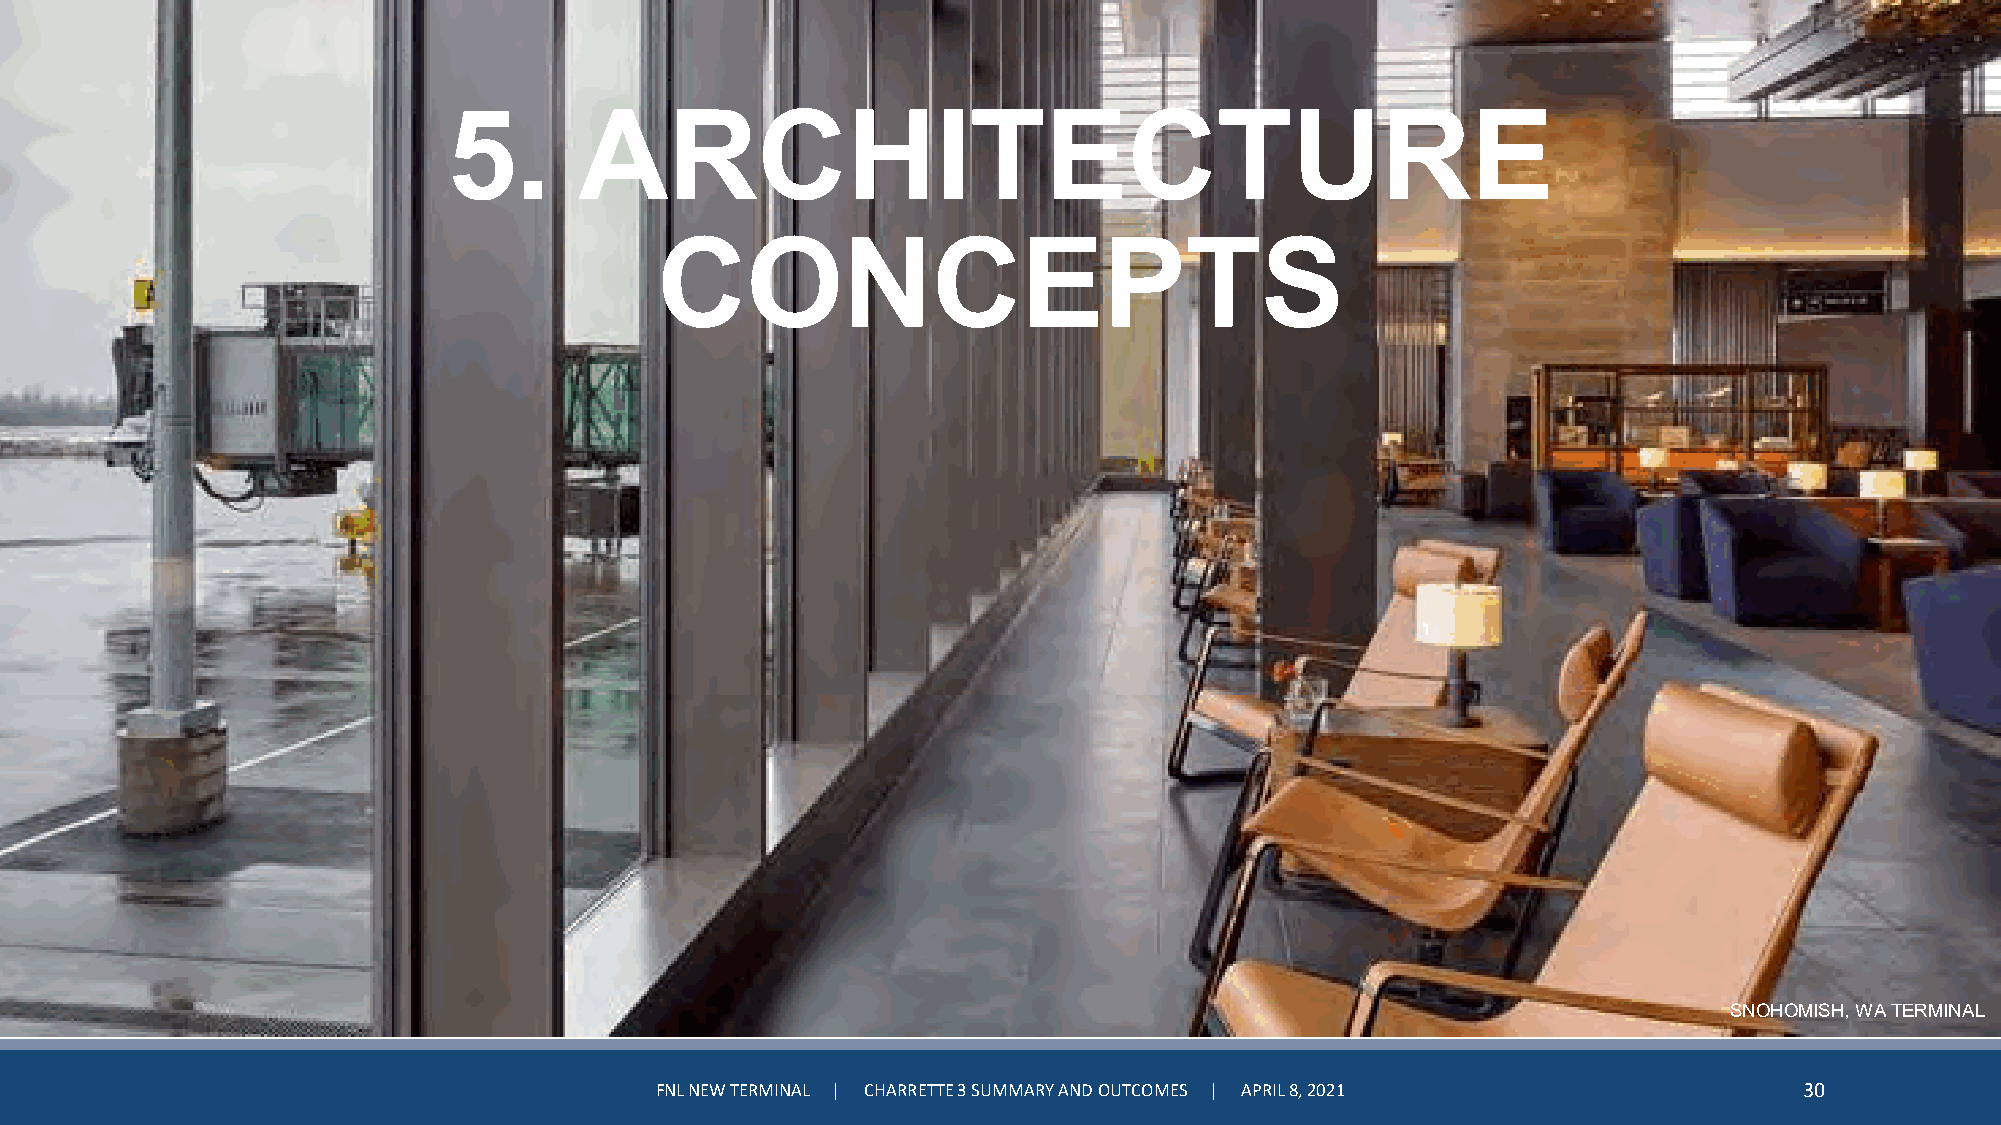
5.      ARCHITECTURE
 CONCEPTS
 SNOHOMISH, WA TERMINAL
 FNL NEW TERMINAL | CHARRETTE 3 SUMMARY AND OUTCOMES | APRIL 8, 2021         30